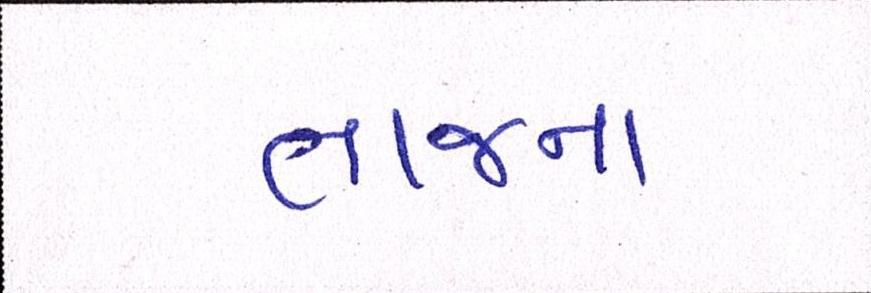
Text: તાજના